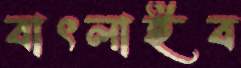
বাৎলাইব